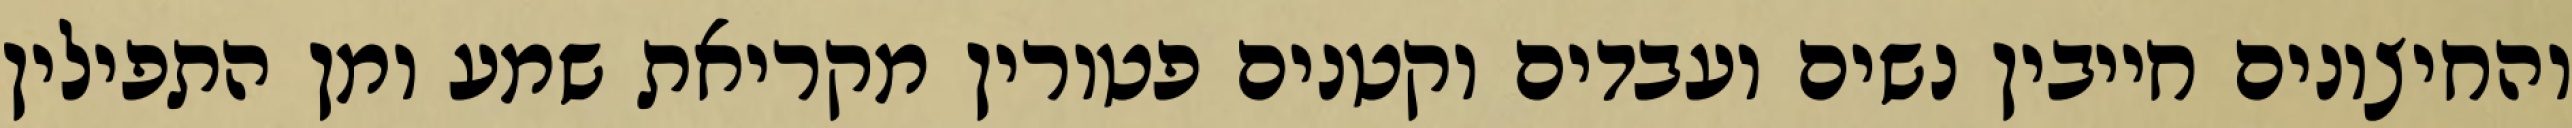
והחיצונים חייבין נשים ועבדים וקטנים פטורין מקריאת שמע ומן התפילין